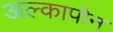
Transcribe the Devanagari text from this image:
अल्कापोन